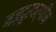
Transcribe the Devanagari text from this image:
मज़दूरवर्गीय